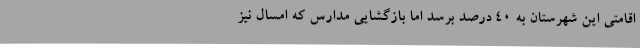
اقامتی این شهرستان به 40 درصد برسد اما بازگشایی مدارس که امسال نیز